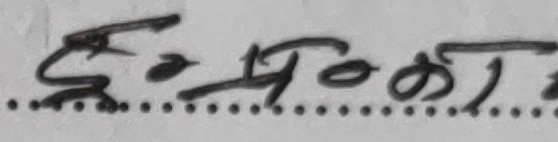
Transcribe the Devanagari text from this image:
हुनदेखि